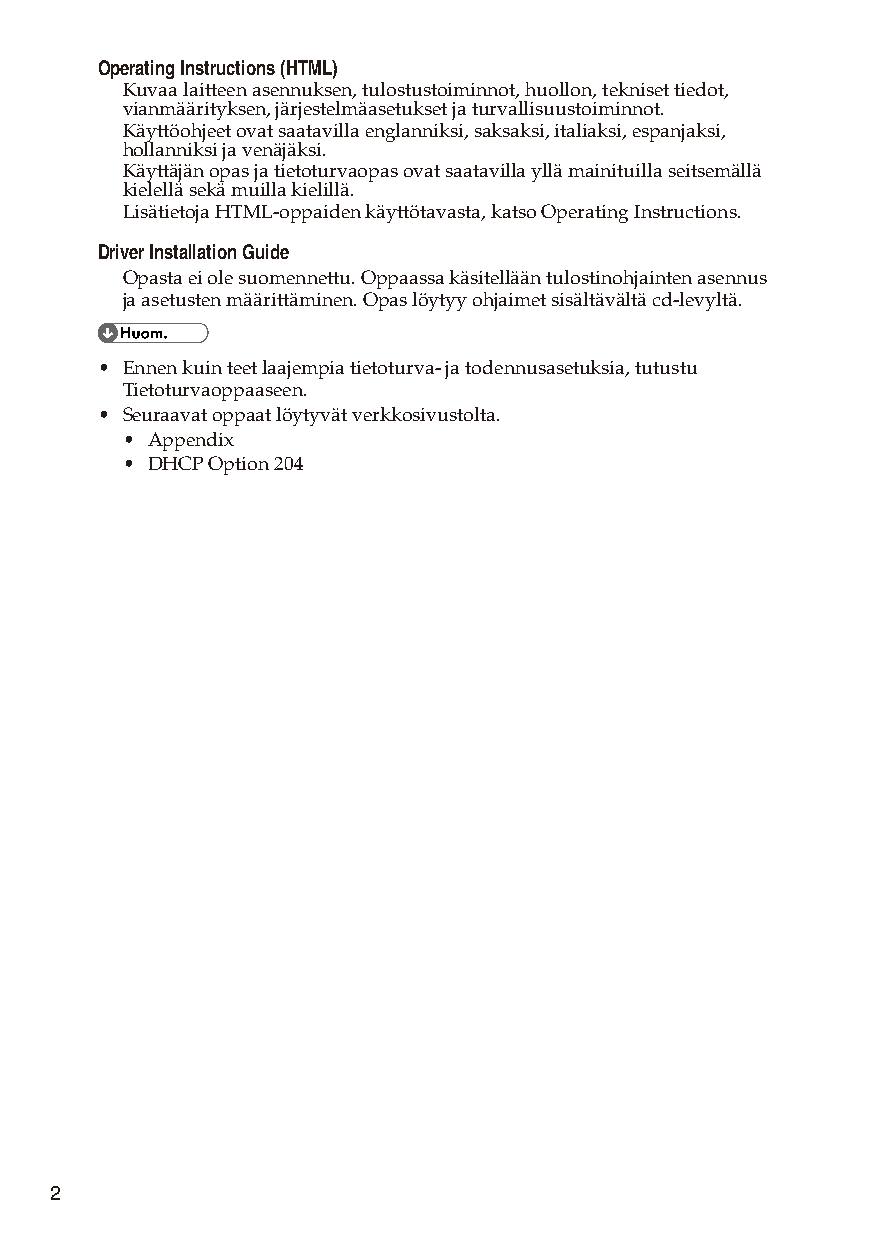
Operating Instructions (HTML)
 Kuvaa laitteen asennuksen, tulostustoiminnot, huollon, tekniset tiedot,
 vianmäärityksen, järjestelmäasetukset ja turvallisuustoiminnot.
 Käyttöohjeet ovat saatavilla englanniksi, saksaksi, italiaksi, espanjaksi,
 hollanniksi ja venäjäksi.
 Käyttäjän opas ja tietoturvaopas ovat saatavilla yllä mainituilla seitsemällä
 kielellä sekä muilla kielillä.
 Lisätietoja HTML-oppaiden käyttötavasta, katso Operating Instructions.
 Driver Installation Guide
 Opasta ei ole suomennettu. Oppaassa käsitellään tulostinohjainten asennus
 ja asetusten määrittäminen. Opas löytyy ohjaimet sisältävältä cd-levyltä.
 • Ennen kuin teet laajempia tietoturva- ja todennusasetuksia, tutustu
 Tietoturvaoppaaseen.
 • Seuraavat oppaat löytyvät verkkosivustolta.
 • Appendix
 • DHCP Option 204
 2